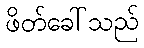
ဖိတ်ခေါ်သည်